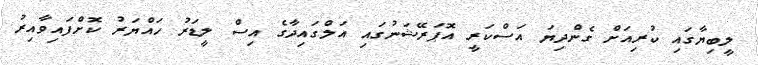
ލީބިޔާގައި ކުރިއަށް ގެންދިޔަ އަސްކަރީ އޮޕަރޭޝަނުގައި އަލްގައިދާގެ އިސް ލީޑަރު ހައްޔަރު ކޮށްފައިވާއިރު